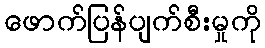
ဖောက်ပြန်ပျက်စီးမှုကို